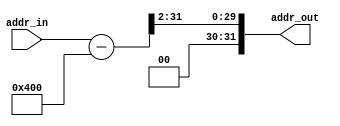
module Address_Mapping(
    input [31:0] addr_in,

    output [31:0] addr_out
);
    assign addr_out = (addr_in - 1024) >> 2;
endmodule